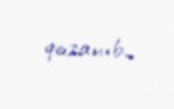
qazanıb..